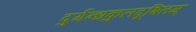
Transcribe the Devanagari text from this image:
दुर्गन्धकुलदूषितम्